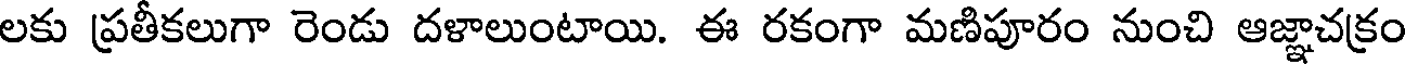
లకు ప్రతీకలుగా రెండు దళాలుంటాయి. ఈ రకంగా మణిపూరం నుంచి ఆజ్ఞాచక్రం